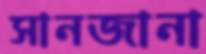
সানজানা